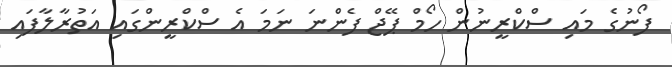
ފޯނުގެ މައި ސްކްރީނުން ހޯމް ޕޭޖް ފެންނަ ނަމަ އެ ސްކްރީންގައި އަތުރާލާފައި